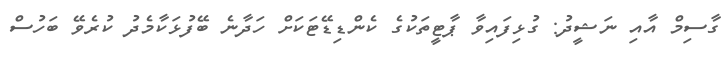
ގާސިމް އާއި ނަޝީދު: ގުޅިފައިވާ ޕާޓީތަކުގެ ކެންޑިޑޭޓަކަށް ހަދާނެ ބޭފުޅަކާމެދު ކުރެވޭ ބަހުސް